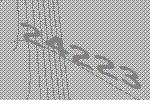
24223